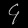
Digit: ၄